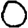
Digit: 0